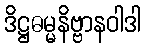
ဒိဋ္ဌဓမ္မနိဗ္ဗာနဝါဒါ